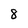
Character: 8